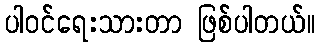
ပါဝင်ရေးသားတာ ဖြစ်ပါတယ်။